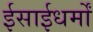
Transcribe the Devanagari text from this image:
ईसाईधर्मों